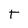
Character: t